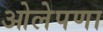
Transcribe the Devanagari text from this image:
ओलेपणा